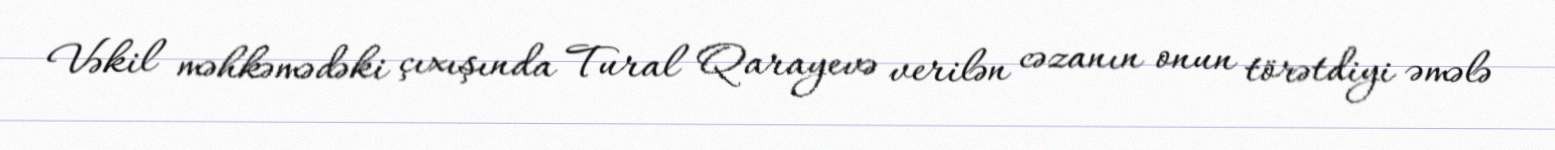
Vəkil məhkəmədəki çıxışında Tural Qarayevə verilən cəzanın onun törətdiyi əmələ